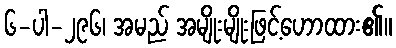
၆-ပါ-၂၉၆၊ အမည် အမျိုးမျိုးဖြင့်ဟောထား၏။